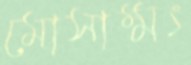
মোসাম্মৎ